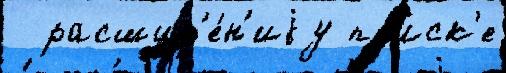
  расшир'е́н'иjу по́иск'е